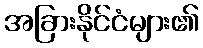
အခြားနိုင်ငံများ၏